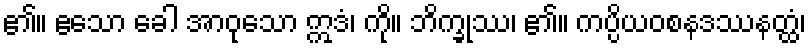
၏။ ဧသော ခေါ အာဝုသော ဣဒံ၊ ကို။ ဘိက္ခုဿ၊ ၏။ ကပ္ပိယဝစနဒဿနတ္ထံ၊